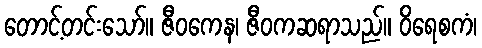
တောင့်တင်းသော်။ ဇီဝကေန၊ ဇီဝကဆရာသည်။ ဝိရေစကံ၊